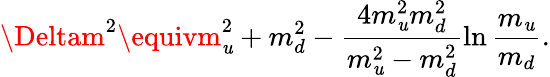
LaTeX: \Deltam^{2}\equivm_{\mathit{u}}^{2}+m_{d}^{2}-\frac{{4m_{\mathit{u}}^{2}m_{d}^{2}}}{{m_{\mathit{u}}^{2}-m_{d}^{2}}}\ln\frac{{m_{\mathit{u}}}}{{m_{d}}}.